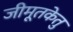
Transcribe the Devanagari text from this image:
जीमूतकेतु